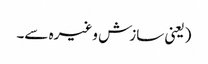
(یعنی سازش وغیرہ سے۔